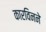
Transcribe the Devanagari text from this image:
कारविनने